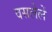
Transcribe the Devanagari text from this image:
वसलेलें